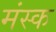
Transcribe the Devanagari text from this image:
मंस्क